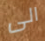
الى